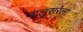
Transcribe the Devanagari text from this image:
मालुसरेला